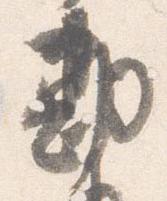
勘